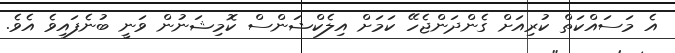
އެ މަސައްކަތް ކުރިއަށް ގެންދަންޖެހޭ ކަމަށް އިލެކްޝަންސް ކޮމިޝަނުން ވަނީ ބުނެފައިވެ އެވެ.